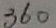
3 6 0